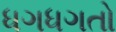
ધગધગતો